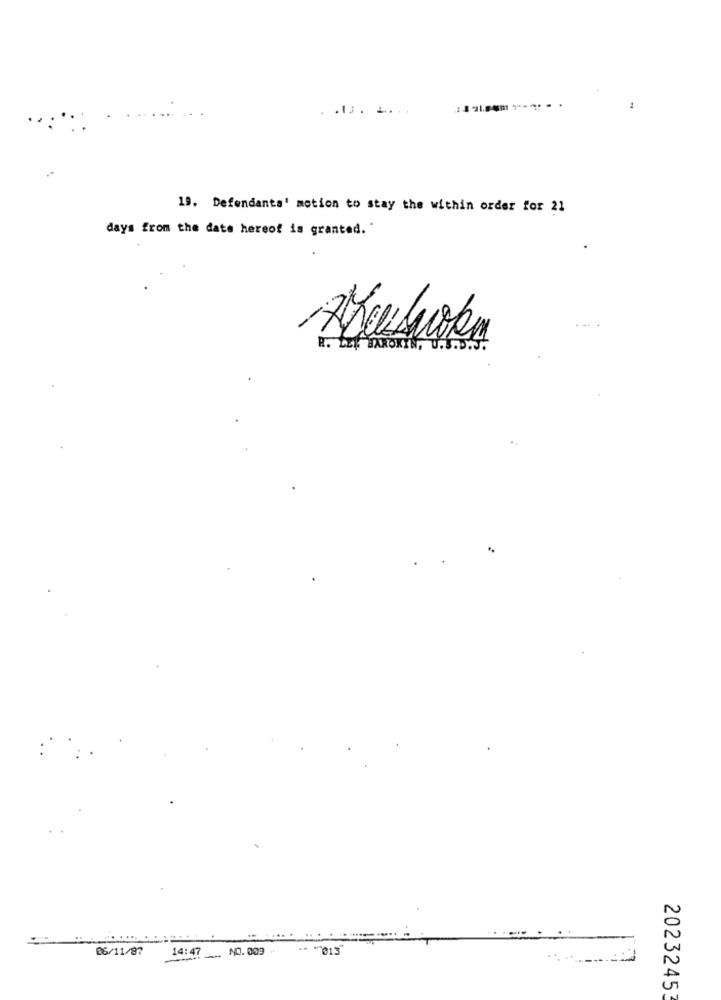
19. Defendants' motion to stay the within order for 21
days from the date hereof is granted.'
R. LEL BAROKIN, U.S.D.J.
26/11/87
14:47
NO. 009
** * 013
2023245